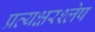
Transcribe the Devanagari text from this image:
प्रत्यक्षरश्लेष